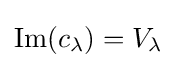
\operatorname {Im} (c_{\lambda })=V_{\lambda }